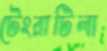
টেংরাটিলা